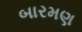
બારમણ